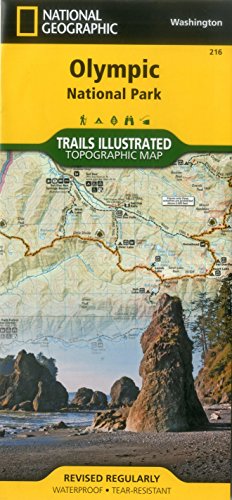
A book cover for Olympic National Park (National Geographic Trails Illustrated Map); National Geographic Maps - Trails Illustrated; Reference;